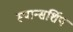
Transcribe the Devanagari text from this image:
स्पान्सर्शिप